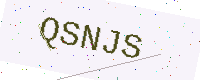
Text: QSNJS